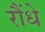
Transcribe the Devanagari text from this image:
रौंधे